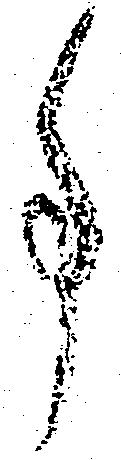
事